Lunatic asylums Central Provinces reports 1895-1909 - 1895-1909
Year: 1895
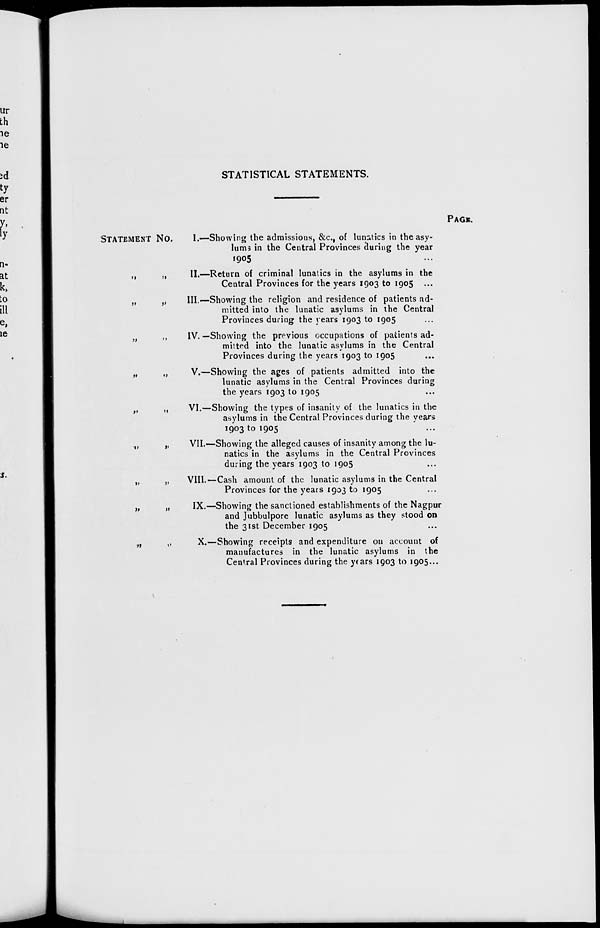
STATISTICAL STATEMENTS.
STATEMENT No.
I.—
„
„
II.—
„ „ III.—
„ „ IV.—
„ „ V.—
„ „ VI.—
„ „ VII.—
„ „ VIII.—
„
„
IX.—
„ „ X.—
PAGE.
Showing the admissions, &c., of lunatics in the asy-
lums in the Central Provinces during the year
1905 ...
Return of criminal lunatics in the asylums in the
Central Provinces for the years 1903 to 1905 ...
Showing the religion and residence of patients ad-
mitted into the lunatic asylums in the Central
Provinces during the years 1903 to 1905 ...
Showing the previous occupations of patients ad-
mitted into the lunatic asylums in the Central
Provinces during the years 1903 to 1905 ...
Showing the ages of patients admitted into the
lunatic asylums in the Central Provinces during
the years 1903 to 1905 ...
Showing the types of insanity of the lunatics in the
asylums in the Central Provinces during the years
1903 to 1905
...
Showing the alleged causes of insanity among the lu-
natics in the asylums in the Central Provinces
during the years 1903 to 1905 ...
Cash amount of the lunatic asylums in the Central
Provinces for the years 1903 to 1905 ...
Showing the sanctioned establishments of the Nagpur
and Jubbulpore lunatic asylums as they stood on
the 31st December 1905 ...
Showing receipts and expenditure on account of
manufactures in the lunatic asylums in the
Central Provinces during the years 1903 to 1905 ...